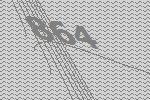
864